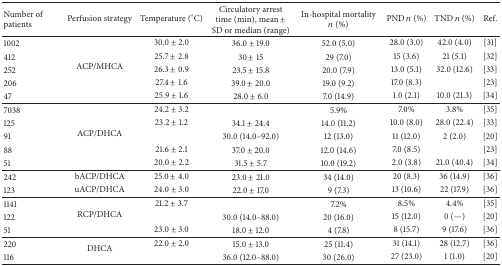
<table><thead><tr><td><b>Number of patients </b></td><td><b>Perfusion strategy </b></td><td><b>Temperature (°C)</b></td><td><b>Circulatory arrest time (min), mean ± SD or median (range)</b></td><td><b>In-hospital mortality <i>n</i> (%)</b></td><td><b>PND <i>n</i> (%)</b></td><td><b>TND <i>n</i> (%)</b></td><td><b>Ref. </b></td></tr></thead><tbody><tr><td>1002</td><td rowspan="5">ACP/MHCA</td><td>30.0 ± 2.0</td><td>36.0 ± 19.0</td><td>52.0 (5.0)</td><td>28.0 (3.0)</td><td>42.0 (4.0)</td><td>[31]</td></tr><tr><td>412</td><td>25.7 ± 2.8</td><td>30 ± 15</td><td>29 (7.0)</td><td>15 (3.6)</td><td>21 (5.1)</td><td>[32]</td></tr><tr><td>252</td><td>26.3 ± 0.9</td><td>23.5 ± 15.8</td><td>20.0 (7.9)</td><td>13.0 (5.1)</td><td>32.0 (12.6)</td><td>[33]</td></tr><tr><td>206</td><td>27.4 ± 1.6</td><td>39.0 ± 20.0</td><td>19.0 (9.2)</td><td>17.0 (8.3)</td><td> </td><td>[23]</td></tr><tr><td>47</td><td>25.9 ± 1.6</td><td>28.0 ± 6.0</td><td>7.0 (14.9)</td><td>1.0 (2.1)</td><td>10.0 (21.3)</td><td>[34]</td></tr><tr><td>7038</td><td rowspan="5">ACP/DHCA</td><td>24.2 ± 3.2</td><td> </td><td>5.9%</td><td>7.0%</td><td>3.8%</td><td>[35]</td></tr><tr><td>125</td><td>23.2 ± 1.2</td><td>34.1 ± 24.4</td><td>14.0 (11.2)</td><td>10.0 (8.0)</td><td>28.0 (22.4)</td><td>[33]</td></tr><tr><td>91</td><td> </td><td>30.0 (14.0–92.0)</td><td>12 (13.0)</td><td>11 (12.0)</td><td>2 (2.0)</td><td>[20]</td></tr><tr><td>88</td><td>21.6 ± 2.1</td><td>37.0 ± 20.0</td><td>12.0 (14.6)</td><td>7.0 (8.5)</td><td> </td><td>[23]</td></tr><tr><td>51</td><td>20.0 ± 2.2</td><td>31.5 ± 5.7</td><td>10.0 (19.2)</td><td>2.0 (3.8)</td><td>21.0 (40.4)</td><td>[34]</td></tr><tr><td>242</td><td>bACP/DHCA</td><td>25.0 ± 4.0</td><td>23.0 ± 21.0</td><td>34 (14.0)</td><td>20 (8.3)</td><td>36 (14.9)</td><td>[36]</td></tr><tr><td>123</td><td>uACP/DHCA</td><td>24.0 ± 3.0</td><td>22.0 ± 17.0</td><td>9 (7.3)</td><td>13 (10.6)</td><td>22 (17.9)</td><td>[36]</td></tr><tr><td>1141</td><td rowspan="3">RCP/DHCA</td><td>21.2 ± 3.7</td><td> </td><td>7.2%</td><td>8.5%</td><td>4.4%</td><td>[35]</td></tr><tr><td>122</td><td> </td><td>30.0 (14.0–88.0)</td><td>20 (16.0)</td><td>15 (12.0)</td><td>0 (—)</td><td>[20]</td></tr><tr><td>51</td><td>23.0 ± 3.0</td><td>18.0 ± 12.0</td><td>4 (7.8)</td><td>8 (15.7)</td><td>9 (17.6)</td><td>[36]</td></tr><tr><td>220</td><td rowspan="2">DHCA</td><td>22.0 ± 2.0</td><td>15.0 ± 13.0</td><td>25 (11.4)</td><td>31 (14.1)</td><td>28 (12.7)</td><td>[36]</td></tr><tr><td>116</td><td> </td><td>36.0 (12.0–88.0)</td><td>30 (26.0)</td><td>27 (23.0)</td><td>1 (1.0)</td><td>[20]</td></tr></tbody></table>